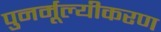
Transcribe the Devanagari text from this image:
पुनर्मूल्यीकरण